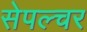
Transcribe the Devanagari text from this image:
सेपल्चर